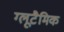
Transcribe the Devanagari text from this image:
ग्लूटैमिक